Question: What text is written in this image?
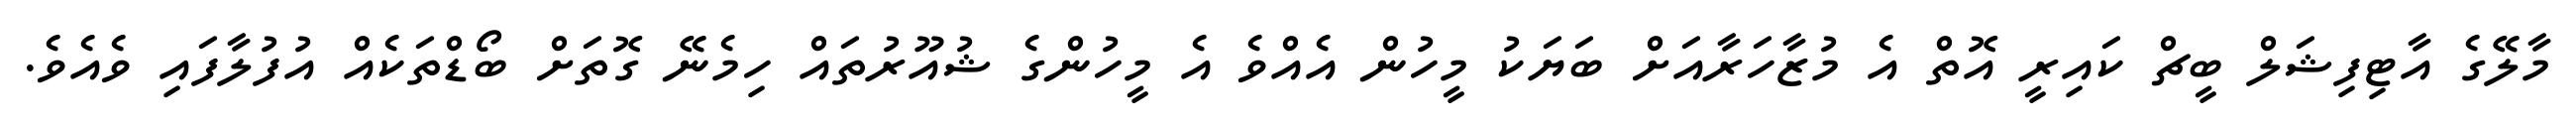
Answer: މާލޭގެ އާޓިފިޝަލް ބީޗް ކައިރީ އޮތް އެ މުޒާހަރާއަށް ބަޔަކު މީހުން އެއްވެ އެ މީހުންގެ ޝުއޫރުތައް ހިމެނޭ ގޮތަށް ބޯޑްތަކެއް އުފުލާފައި ވެއެވެ.